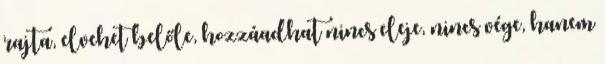
rajta, elvehet belőle, hozzáadhat nincs eleje, nincs vége, hanem